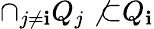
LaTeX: \cap_{j\neq\mathbf{i}}Q_{j}\not{\subset}Q_{\mathbf{i}}